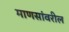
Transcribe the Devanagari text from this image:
माणसांवरील